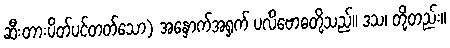
ဆီးတားပိတ်ပင်တတ်သော) အနှောက်အရှက် ပလိဗောဓတို့သည်။ ဒသ၊ တို့တည်း။